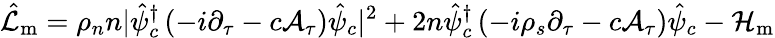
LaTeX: \hat{\mathcal{L}}_{\mathrm{m}}=\rho_{n}n|\hat{\psi}_{c}^{\dagger}\left(-i\partial_{\tau}-c\mathcal{A}_{\tau}\right)\hat{\psi}_{c}|^{2}+2n\hat{\psi}_{c}^{\dagger}\left(-i\rho_{s}\partial_{\tau}-c\mathcal{A}_{\tau}\right)\hat{\psi}_{c}-\mathcal{H}_{\mathrm{m}}